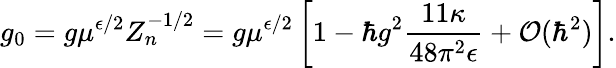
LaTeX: g_{0}=g\mu^{\epsilon/2}Z_{n}^{-1/2}=g\mu^{\epsilon/2}\left[1-\hbar g^{2}\frac{11\kappa}{48\pi^{2}\epsilon}+{\cal O}(\hbar^{2})\right].